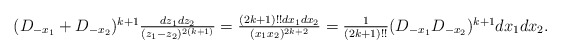
\begin{align*}\textstyle(D_{-x_1}+D_{-x_2})^{k+1}\frac{dz_1dz_2}{(z_1-z_2)^{2(k+1)}}=\frac{(2k+1)!!dx_1dx_2}{(x_1x_2)^{2k+2}}=\frac{1}{(2k+1)!!}(D_{-x_1}D_{-x_2})^{k+1}dx_1dx_2.\end{align*}